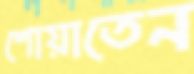
শোয়াতেন